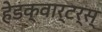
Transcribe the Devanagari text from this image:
हेडक्वार्टर्स्